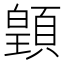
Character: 𩔇